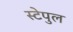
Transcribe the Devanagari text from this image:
स्टेपुल